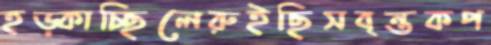
হড়্‌কাচ্ছিলেরুইছিসবৃন্তকপ